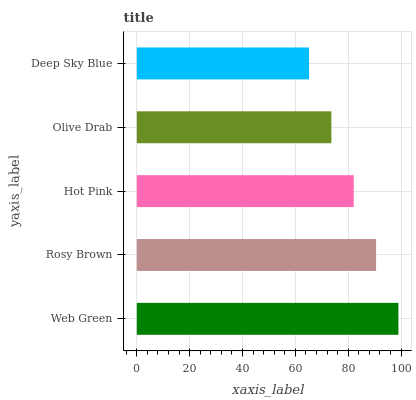
| yaxis_label | bars |
 | --- | --- |
 | Web Green | 99 |
 | Rosy Brown | 90.5 |
 | Hot Pink | 82.1 |
 | Olive Drab | 73.6 |
 | Deep Sky Blue | 65.2 |